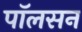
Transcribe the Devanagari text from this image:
पाॅलसन